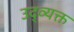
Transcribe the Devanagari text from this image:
उद्व्यक्त